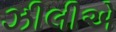
ઝીલીએ